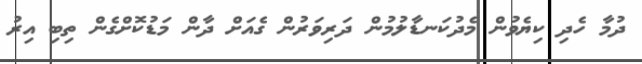
ދުމާ ހެދި ކިޔެވުން މެދުކަނޑާލުމުން ދަރިވަރުން ގެއަށް ދާން މަޑުކޮށްގެން ތިބި އިރު